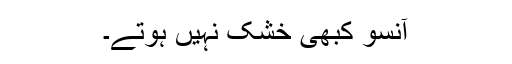
آنسو کبھی خشک نہیں ہوتے۔